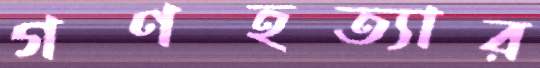
গণহত্যার